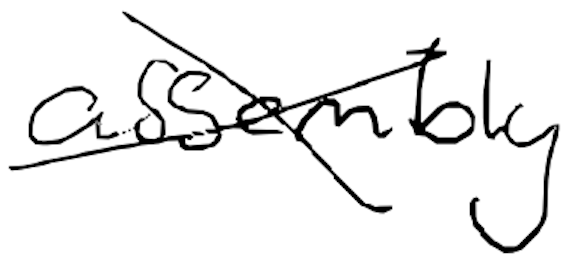
Text: assembly
Cross-out: cross
Writing tool: digital_black